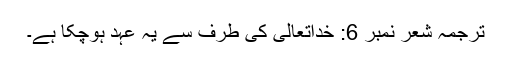
ترجمہ شعر نمبر 6: خداتعالیٰ کی طرف سے یہ عہد ہوچکا ہے۔